Vaccination report Assam 1896-1927 - 1896-1927
Year: 1896
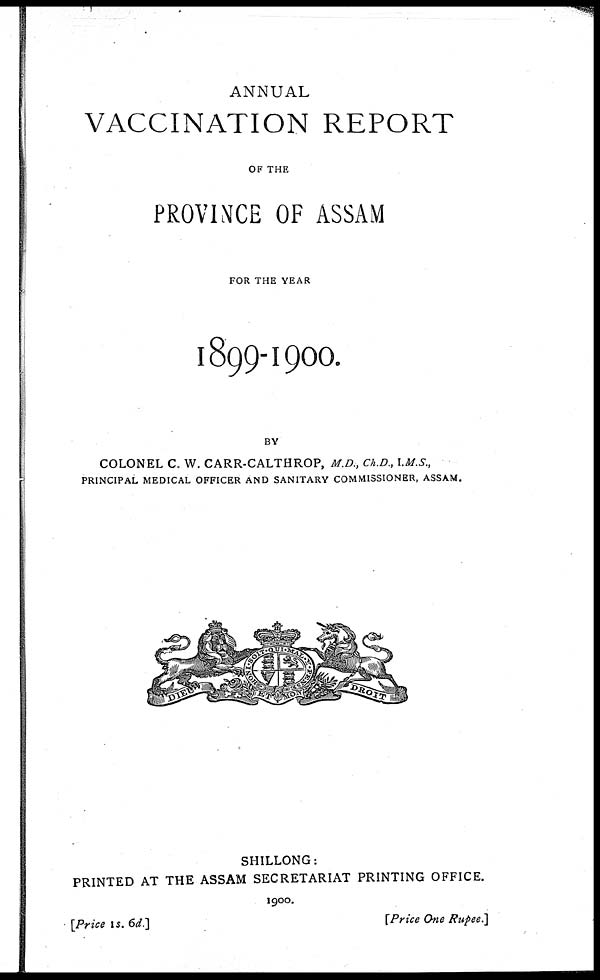
ANNUAL
VACCINATION REPORT
OF THE
PROVINCE OF ASSAM
FOR THE YEAR
1899-1900.
BY
COLONEL C. W. CARR-CALTHROP, M.D., Ch.D., I.M.S.,
PRINCIPAL MEDICAL OFFICER AND SANITARY COMMISSIONER, ASSAM.
SHILLONG:
PRINTED AT THE ASSAM SECRETARIAT PRINTING OFFICE.
1900.
[Price is. 6d.]
[Price One Rupee.]